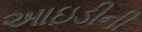
આઇડીની